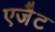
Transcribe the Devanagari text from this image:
एजैेट